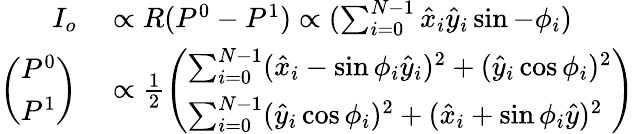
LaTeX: \begin{array}{rl}{I_{o}}&{{}\propto R(P^{0}-P^{1})\propto(\sum_{i=0}^{N-1}\hat{x}_{i}\hat{y}_{i}\sin-\phi_{i})}\\ {\left(\begin{array}{l}{P^{0}}\\ {P^{1}}\end{array}\right)}&{{}\propto\frac{1}{2}\left(\begin{array}{l}{\sum_{i=0}^{N-1}(\hat{x}_{i}-\sin\phi_{i}\hat{y}_{i})^{2}+(\hat{y}_{i}\cos\phi_{i})^{2}}\\ {\sum_{i=0}^{N-1}(\hat{y}_{i}\cos\phi_{i})^{2}+(\hat{x}_{i}+\sin\phi_{i}\hat{y})^{2}}\end{array}\right)}\end{array}